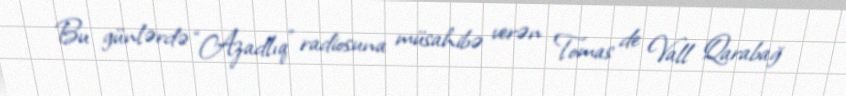
Bu günlərdə “Azadlıq” radiosuna müsahibə verən Tomas de Vall Qarabağ